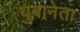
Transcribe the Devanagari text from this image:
युवानेता